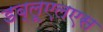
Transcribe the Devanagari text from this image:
डब्लूएलएस